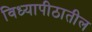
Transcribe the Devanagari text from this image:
विध्यापीठातील